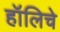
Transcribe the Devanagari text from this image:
हॉलिचे